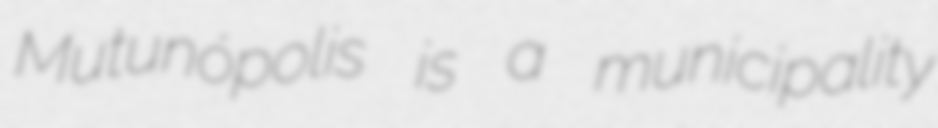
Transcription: Mutunópolis is a municipality